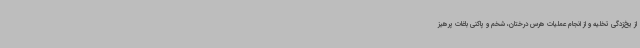
از یخ‌زدگی تخلیه و از انجام عملیات هرس درختان، شخم و پاکنی باغات پرهیز